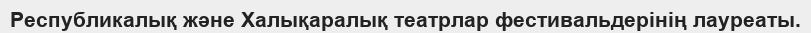
Республикалық және Халықаралық театрлар фестивальдерінің лауреаты.